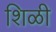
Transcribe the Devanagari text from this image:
शिळी